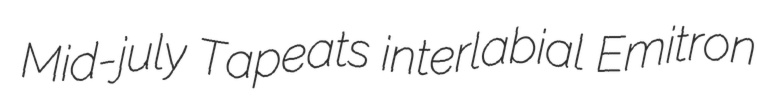
Mid-july Tapeats interlabial Emitron